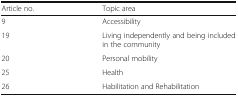
| Article no. | Topic area |
 | --- | --- |
 | 9 | Accessibility |
 | 19 | Living independently and being included in the community |
 | 20 | Personal mobility |
 | 25 | Health |
 | 26 | Habilitation and Rehabilitation |